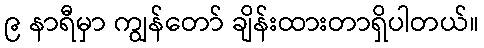
၉ နာရီမှာ ကျွန်တော် ချိန်းထားတာရှိပါတယ်။